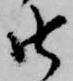
由